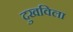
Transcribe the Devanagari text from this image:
दुखविला